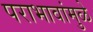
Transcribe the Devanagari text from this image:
पराभावांमुळे